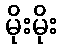
မိုးမိုး